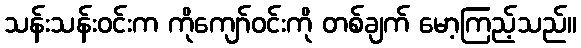
သန်းသန်းဝင်းက ကိုကျော်ဝင်းကို တစ်ချက် မော့ကြည့်သည်။